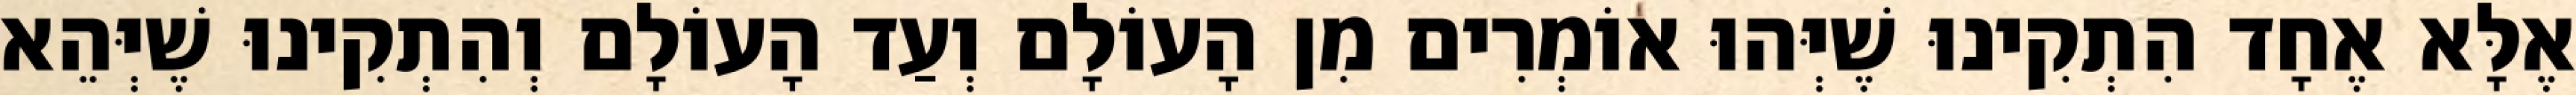
אֶלָּא אֶחָד הִתְקִינוּ שֶׁיְּהוּ אוֹמְרִים מִן הָעוֹלָם וְעַד הָעוֹלָם וְהִתְקִינוּ שֶׁיְּהֵא